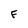
Character: F